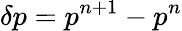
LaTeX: \delta p=p^{n+1}-p^{n}